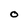
Character: O